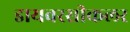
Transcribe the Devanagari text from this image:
डायवरसीकलर